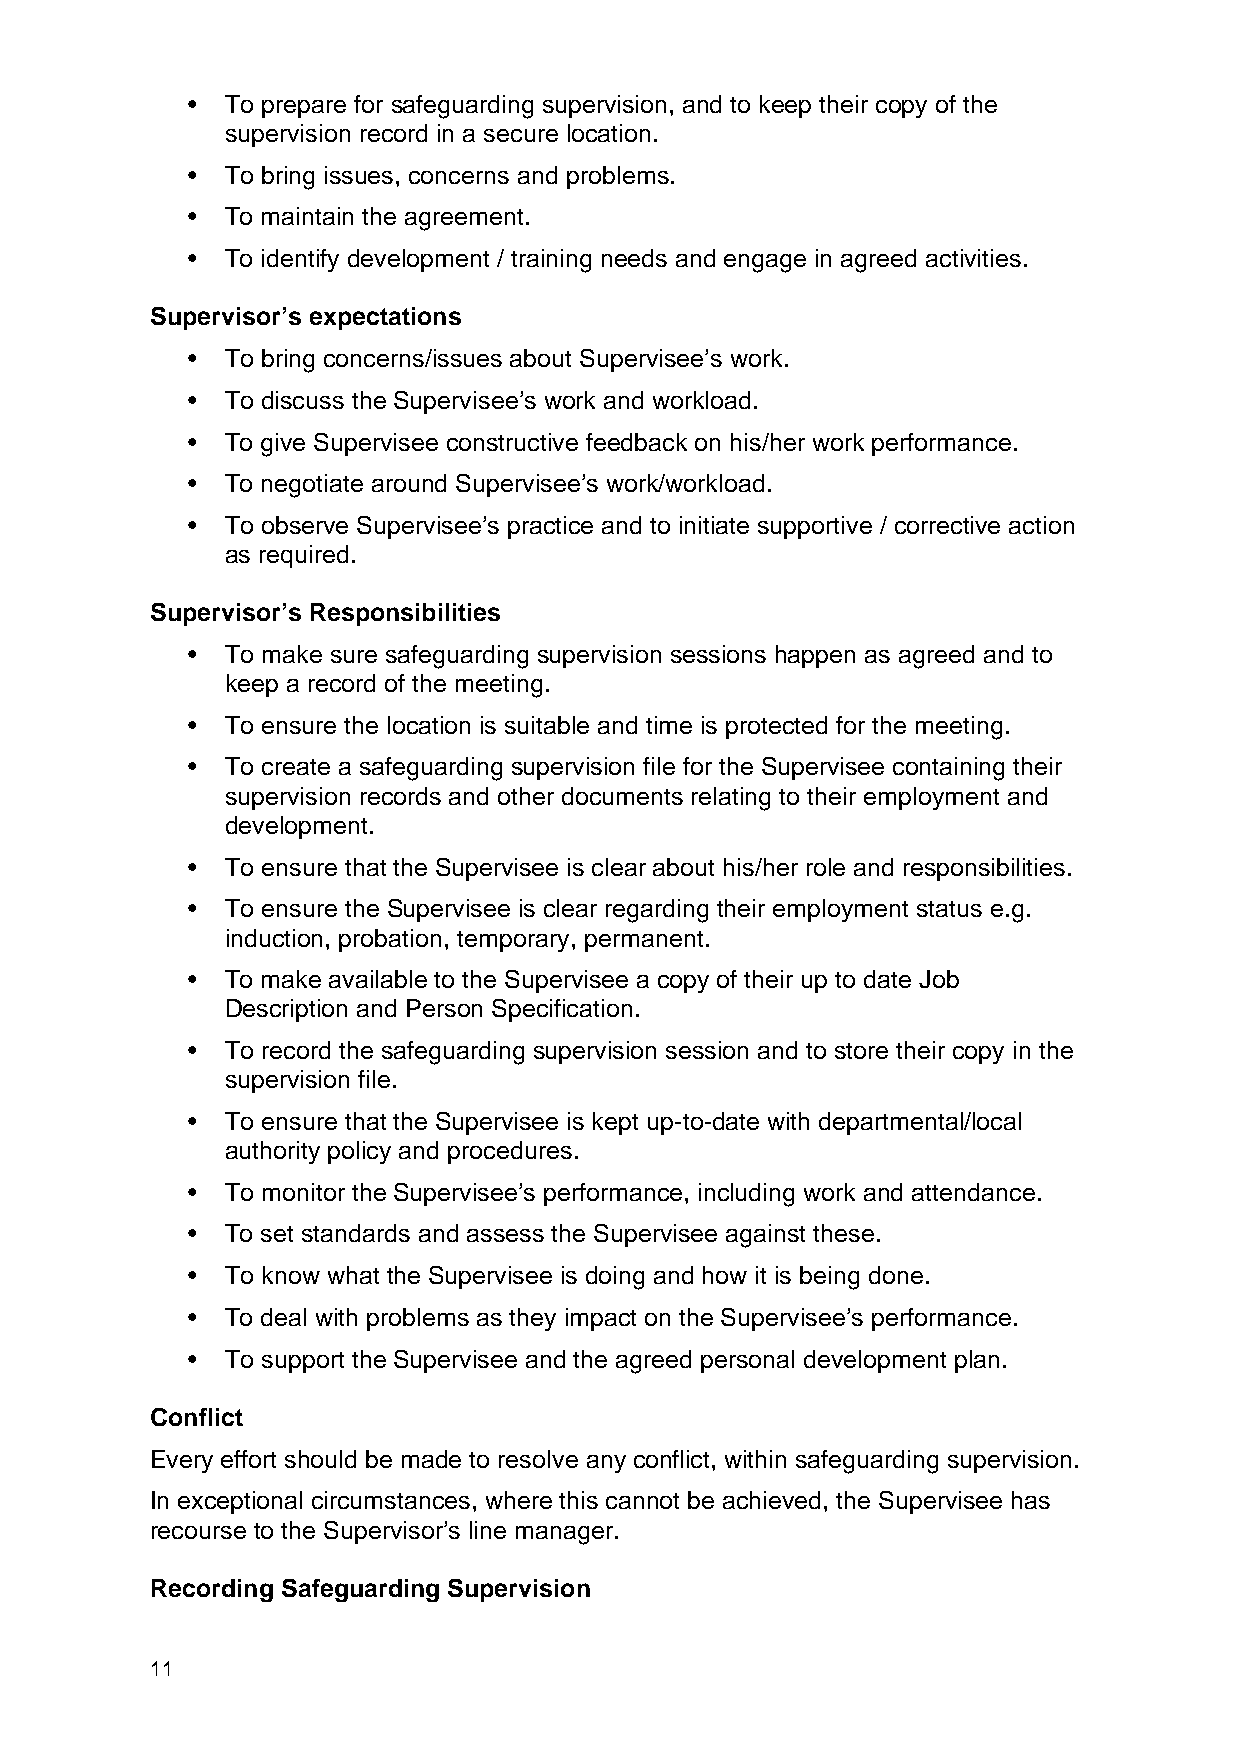
•  To prepare for safeguarding supervision, and to keep their copy of the
 supervision record in a secure location.
 •  To bring issues, concerns and problems.
 •  To maintain the agreement.
 •  To identify development / training needs and engage in agreed activities.
 Supervisor’s expectations
 •  To bring concerns/issues about Supervisee’s work.
 •  To discuss the Supervisee’s work and workload.
 •  To give Supervisee constructive feedback on his/her work performance.
 •  To negotiate around Supervisee’s work/workload.
 •  To observe Supervisee’s practice and to initiate supportive / corrective action
 as required.
 Supervisor’s Responsibilities
 •  To make sure safeguarding supervision sessions happen as agreed and to
 keep a record of the meeting.
 •  To ensure the location is suitable and time is protected for the meeting.
 •  To create a safeguarding supervision file for the Supervisee containing their
 supervision records and other documents relating to their employment and
 development.
 •  To ensure that the Supervisee is clear about his/her role and responsibilities.
 •  To ensure the Supervisee is clear regarding their employment status e.g.
 induction, probation, temporary, permanent.
 •  To make available to the Supervisee a copy of their up to date Job
 Description and Person Specification.
 •  To record the safeguarding supervision session and to store their copy in the
 supervision file.
 •  To ensure that the Supervisee is kept up-to-date with departmental/local
 authority policy and procedures.
 •  To monitor the Supervisee’s performance, including work and attendance.
 •  To set standards and assess the Supervisee against these.
 •  To know what the Supervisee is doing and how it is being done.
 •  To deal with problems as they impact on the Supervisee’s performance.
 •  To support the Supervisee and the agreed personal development plan.
 Conflict
 Every effort should be made to resolve any conflict, within safeguarding supervision.
 In exceptional circumstances, where this cannot be achieved, the Supervisee has
 recourse to the Supervisor’s line manager.
 Recording Safeguarding Supervision
 11